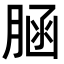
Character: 𦜆